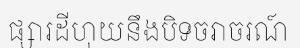
ផ្សារដីហុយនឹងបិទចរាចរណ៍